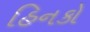
હિનકો